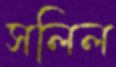
সলিল